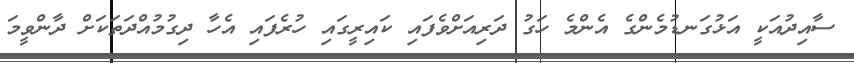
ސާއިދުއަކީ އަޅުގަނޑުމެންގެ އެންމެ ހަގު ދަރިއަށްވެފައި ކައިރީގައި ހުރެފައި އެހާ ދިގުމުއްދަތަކަށް ދާންވީމަ